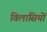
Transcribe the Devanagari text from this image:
विलासियों